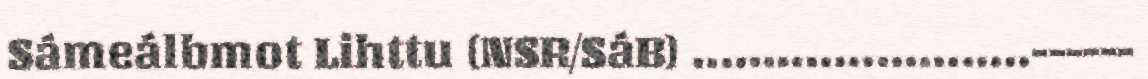
Sámeálbmot Lihttu (NSR/SáB) ........................------